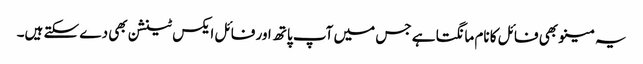
یہ مینو بھی فائل کا نام مانگتا ہے جس میں آپ پاتھ اور فائل ایکس ٹینشن بھی دے سکتے ہیں۔